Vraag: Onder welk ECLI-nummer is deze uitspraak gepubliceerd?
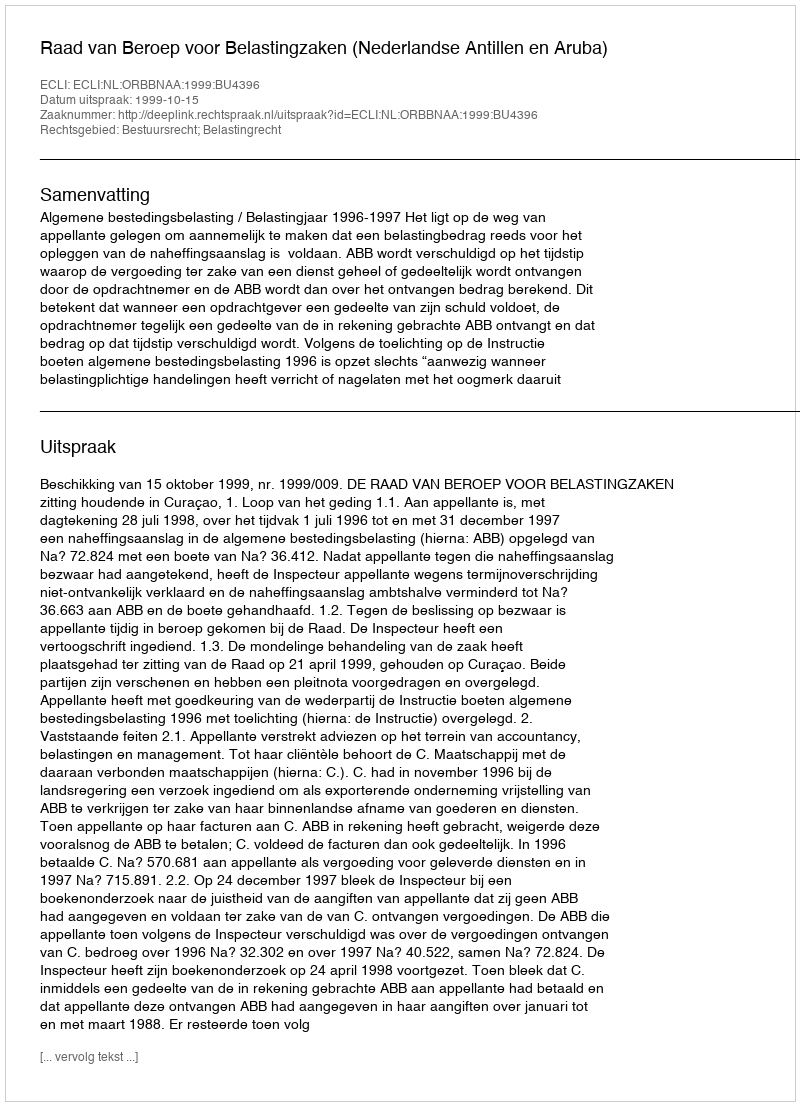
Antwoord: ECLI:NL:ORBBNAA:1999:BU4396